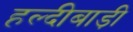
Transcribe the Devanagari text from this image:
हल्दीबाड़ी